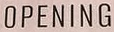
OPENING